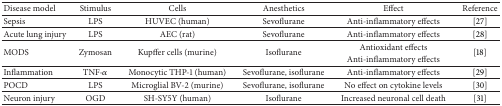
<table><thead><tr><td><b>Disease model</b></td><td><b>Stimulus</b></td><td><b>Cells</b></td><td><b>Anesthetics</b></td><td><b>Effect</b></td><td><b>Reference</b></td></tr></thead><tbody><tr><td>Sepsis</td><td>LPS</td><td>HUVEC (human)</td><td>Sevoflurane</td><td>Anti-inflammatory effects</td><td>[27]</td></tr><tr><td>Acute lung injury</td><td>LPS</td><td>AEC (rat)</td><td>Sevoflurane</td><td>Anti-inflammatory effects</td><td>[28]</td></tr><tr><td rowspan="2">MODS</td><td rowspan="2">Zymosan</td><td rowspan="2">Kupffer cells (murine)</td><td rowspan="2">Isoflurane</td><td>Antioxidant effects</td><td rowspan="2">[18]</td></tr><tr><td>Anti-inflammatory effects</td></tr><tr><td>Inflammation</td><td>TNF-<i>α</i></td><td>Monocytic THP-1 (human)</td><td>Sevoflurane, isoflurane</td><td>Anti-inflammatory effects</td><td>[29]</td></tr><tr><td>POCD</td><td>LPS</td><td>Microglial BV-2 (murine)</td><td>Sevoflurane, isoflurane</td><td>No effect on cytokine levels</td><td>[30]</td></tr><tr><td>Neuron injury</td><td>OGD</td><td>SH-SY5Y (human)</td><td>Isoflurane</td><td>Increased neuronal cell death</td><td>[31]</td></tr></tbody></table>